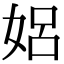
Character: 㛎